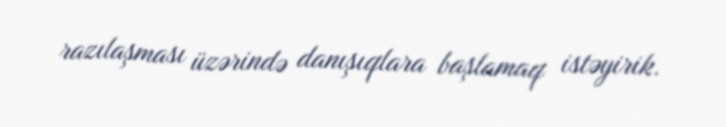
razılaşması üzərində danışıqlara başlamaq istəyirik.